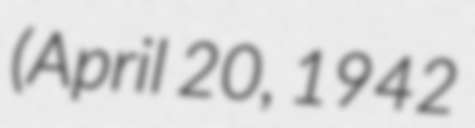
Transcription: (April 20, 1942